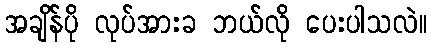
အချိန်ပို လုပ်အားခ ဘယ်လို ပေးပါသလဲ။